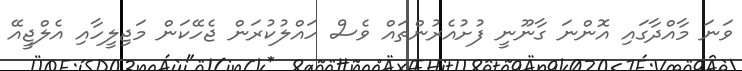
ވަނަ މާއްދާގައި އޮންނަ ގާނޫނީ ފުށުއެރުންތައް ވެސް ހައްލުކުރަން ޖެހޭކަން މަޖިލީހާއި އެލްޖީއޭ